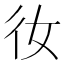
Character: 𫹌